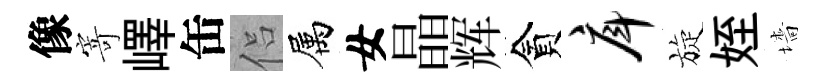
像寄嶧缶侣属女晶辉貪戽旋姪墻